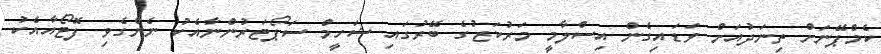
ކެމްޕޭނަށް ތިނަދުއަށް ވަޑައިގެން އިސްލާމީ މަރުކަޒުގެ ބޭރުގައި ޝަހީމް ސަޕޯޓަރުންނާއެކު ނެންގެވި ފޮޓޯއާއެކު